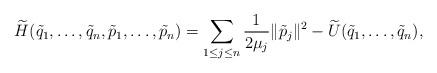
LaTeX: \begin{align*}\widetilde H(\tilde q_1,\dots, \tilde q_n, \tilde p_1,\dots,\tilde p_n) = \sum_{1\le j \le n}\frac{1}{2\mu_j} \|\tilde p_j\|^2 - \widetilde U (\tilde q_1,\dots, \tilde q_n),\end{align*}